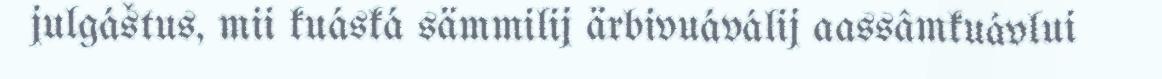
julgáštus, mii kuáská sämmilij ärbivuáválij aassâmkuávlui